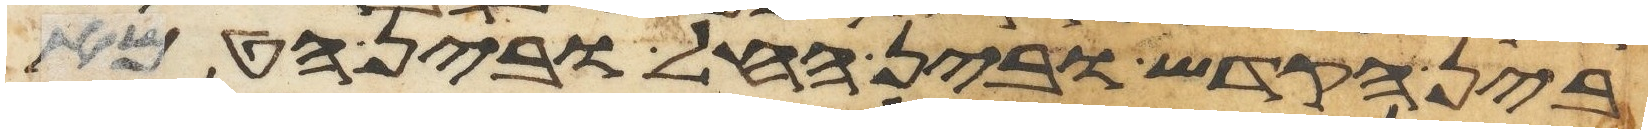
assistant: בין הקדש ובין החל ובין הטמא